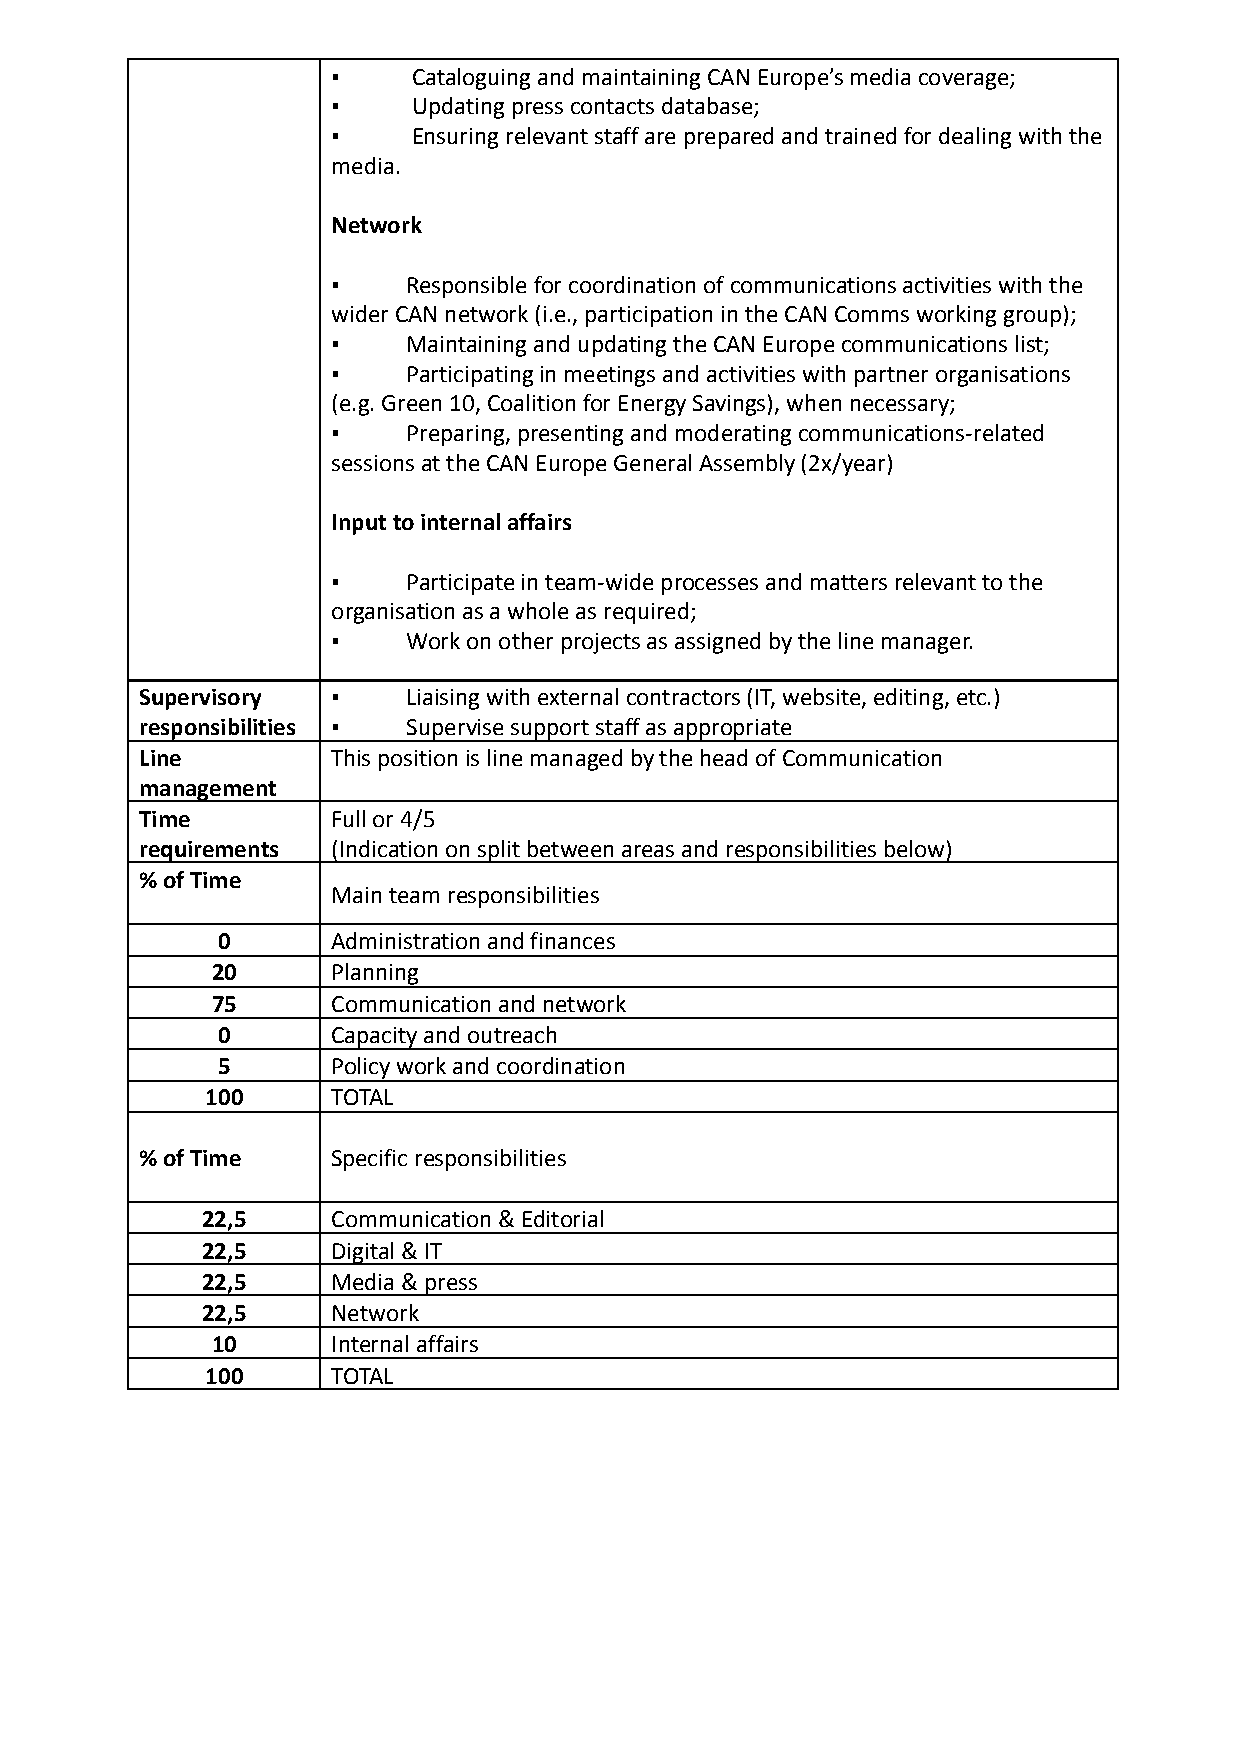
▪    Cataloguing and maintaining CAN Europe’s media coverage;
 ▪    Updating press contacts database;
 ▪    Ensuring relevant staff are prepared and trained for dealing with the
 media.
 Network
 ▪    Responsible for coordination of communications activities with the
 wider CAN network (i.e., participation in the CAN Comms working group);
 ▪    Maintaining and updating the CAN Europe communications list;
 ▪    Participatingin meetings and activities with partnerorganisations
 (e.g. Green 10, Coalition for Energy Savings), when necessary;
 ▪    Preparing, presenting and moderating communications-related
 sessions at the CAN Europe General Assembly (2x/year)
 Input to internal affairs
 ▪    Participate in team-wide processes and matters relevant to the
 organisation as a whole as required;
 ▪    Work on other projects as assigned by the line manager.
 Supervisory  ▪    Liaising with external contractors (IT, website, editing, etc.)
 responsibilities ▪ Supervise support staff as appropriate
 Line         This position is line managed by the head of Communication
 management
 Time         Full or 4/5
 requirements (Indication on split between areas and responsibilities below)
 % of Time
 Main team responsibilities
 0       Administration and finances
 20      Planning
 75      Communication and network
 0       Capacity and outreach
 5       Policy work and coordination
 100     TOTAL
 % of Time    Specific responsibilities
 22,5     Communication & Editorial
 22,5     Digital & IT
 22,5     Media & press
 22,5     Network
 10      Internal affairs
 100     TOTAL